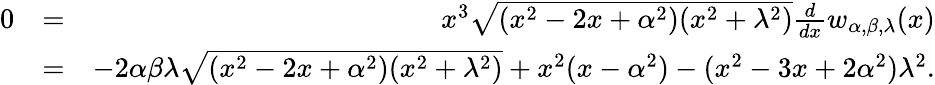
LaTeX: \begin{array}{rlr}{0}&{=}&{x^{3}\sqrt{(x^{2}-2x+\alpha^{2})(x^{2}+\lambda^{2})}\frac{d}{dx}w_{\alpha,\beta,\lambda}(x)}\\ &{=}&{-2\alpha\beta\lambda\sqrt{(x^{2}-2x+\alpha^{2})(x^{2}+\lambda^{2})}+x^{2}(x-\alpha^{2})-(x^{2}-3x+2\alpha^{2})\lambda^{2}.}\end{array}